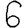
Digit: 6